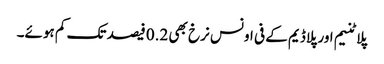
پلاٹنیم اور پلاڈیم کے فی اونس نرخ بھی 0.2 فیصد تک کم ہوئے۔